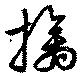
擒